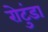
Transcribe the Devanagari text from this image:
रोटुंडा